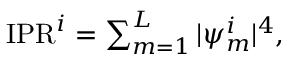
\begin{array} { r } { \mathrm { I P R } ^ { i } = \sum _ { m = 1 } ^ { L } | \psi _ { m } ^ { i } | ^ { 4 } , } \end{array}